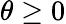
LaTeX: \theta\ge 0